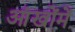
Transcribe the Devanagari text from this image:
आंखोंमें